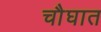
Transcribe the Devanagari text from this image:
चौघात